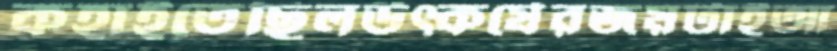
কহাইতেছিলউত্কর্ষেরজয়টাইআ